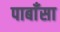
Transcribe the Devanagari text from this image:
पाबाँसा